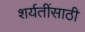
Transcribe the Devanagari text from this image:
शर्यतींसाठी